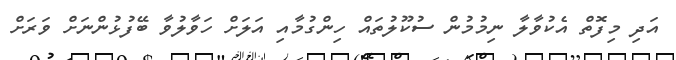
އަދި މިފޮތް އެކުވާލާ ނިމުމުން ސުކޫލުތައް ހިންގުމާއި އަލަށް ހަވާލުވާ ބޭފުޅުންނަށް ވަރަށް